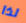
لذا